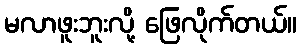
မလာဖူးဘူးလို့ ဖြေလိုက်တယ်။